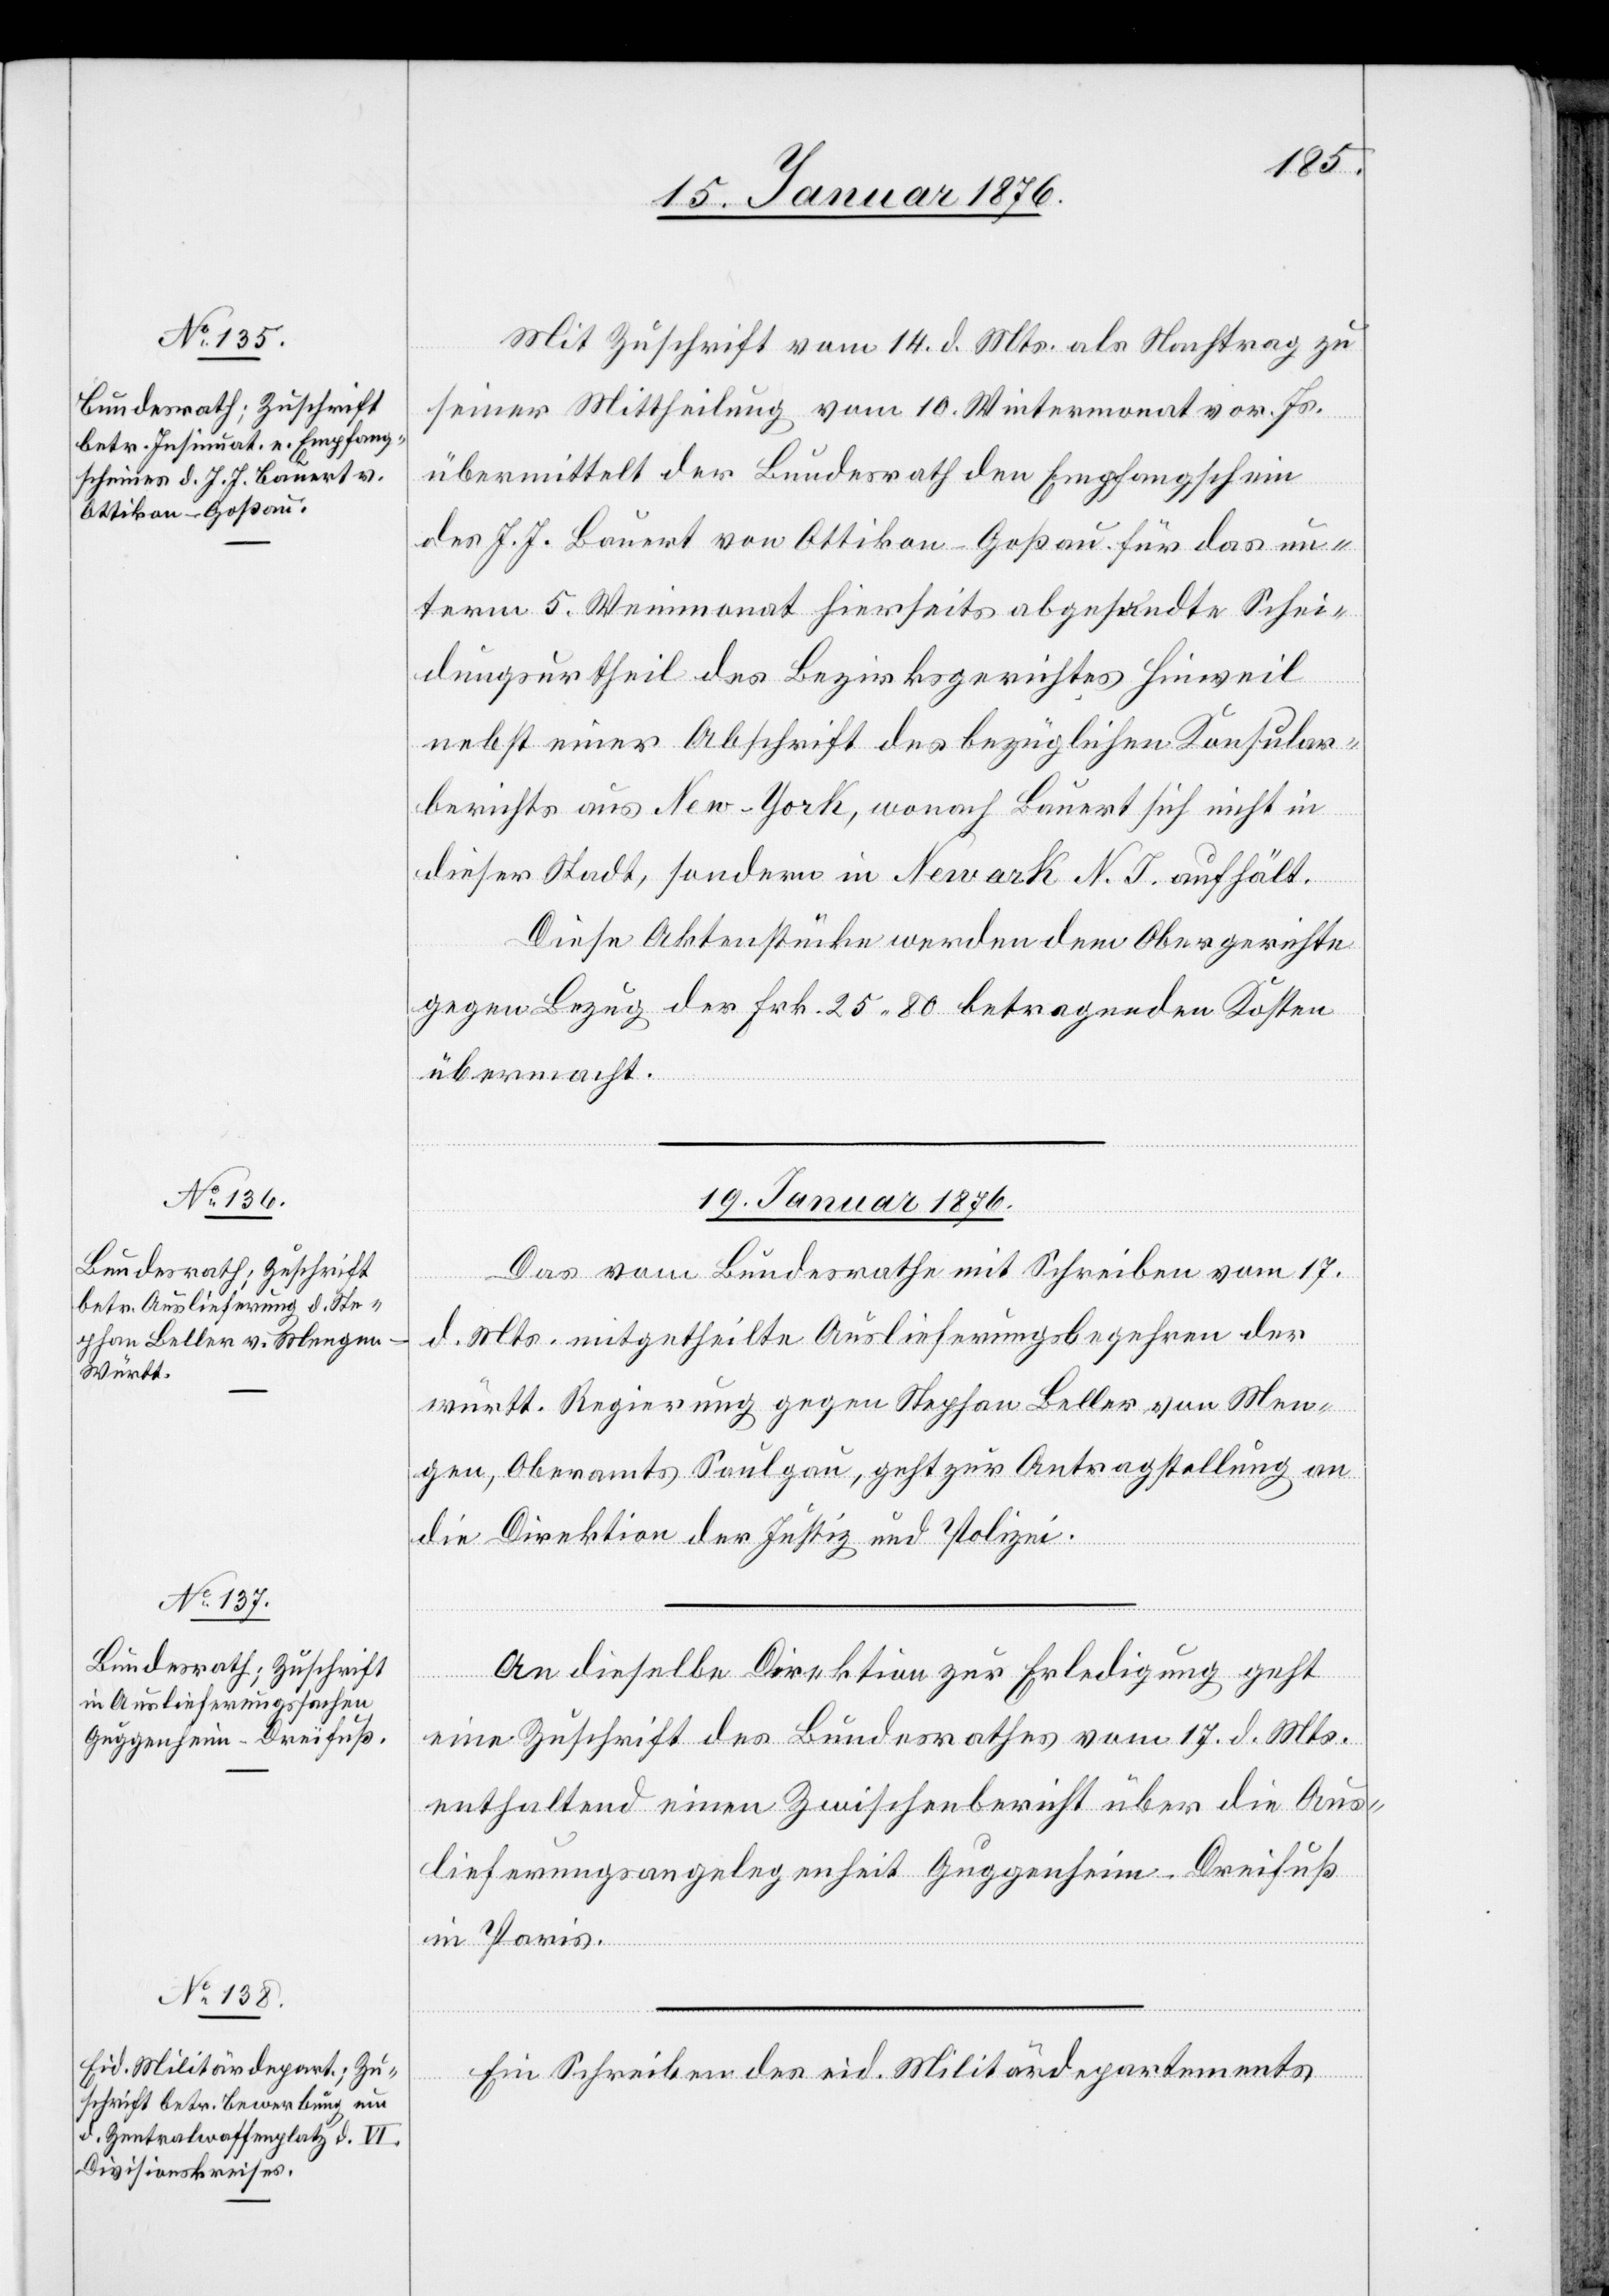
18. Januar 1876.]
Mit Zuschrift vom 14. d. Mts. als Nachtrag zu
seiner Mittheilung vom 10. Wintermonat vor. Js.
übermittelt der Bundesrath den Empfangschein
des J. J. Bauert von Ottikon - Goßau für das un¬
term 5. Weinmonat hierseits abgesandte Schei¬
dungsurtheil des Bezirksgerichtes Hinweil
nebst einer Abschrift des bezüglichen Konsular¬
berichts aus New-York, wonach Bauert sich nicht in
dieser Stadt, sondern in Newark N. J. aufhält.
Diese Aktenstücke werden dem Obergerichte
gegen Bezug der Frk. 25,80 betragenden Kosten
übermacht.
19. Januar 1876.]
Das vom Bundesrathe mit Schreiben vom 17.
d. Mts. mitgetheilte Auslieferungsbegehren der
württ. Regierung gegen Stephan Beller von Men¬
gen, Oberamts Saulgau, geht zur Antragstellung an
die Direktion der Justiz und Polizei.
An dieselbe Direktion zur Erledigung geht
eine Zuschrift des Bundesrathes vom 17. d. Mts.
enthaltend einen Zwischenbericht über die Aus¬
lieferungsangelegenheit Guggenheim-Dreifuß
in Paris.
Ein Schreiben des eid. Militärdepartements